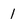
Character: 1